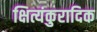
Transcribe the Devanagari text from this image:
क्षित्यंकुरादिक